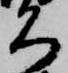
名